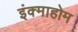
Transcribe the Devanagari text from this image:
इंक्माहोम